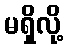
မရှိလို့